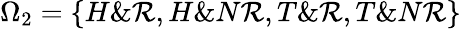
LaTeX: \Omega_{2}=\{ H\& \mathcal{R},H\& N\mathcal{R},T\& \mathcal{R},T\& N\mathcal{R}\}